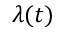
\lambda ( t )